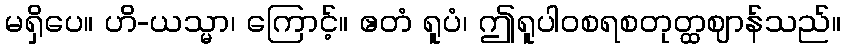
မရှိပေ။ ဟိ-ယသ္မာ၊ ကြောင့်။ ဧတံ ရူပံ၊ ဤရူပါဝစရစတုတ္ထဈာန်သည်။